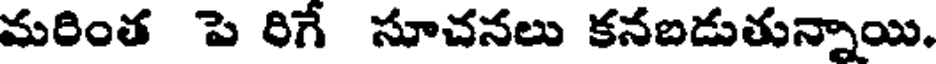
మరింత పె రిగే సూచనలు కనబడుతున్నాయి.